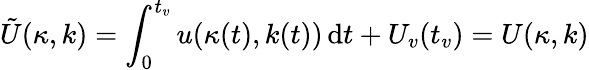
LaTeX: \tilde{U}(\kappa,k)=\int_{0}^{t_{v}}u(\kappa(t),k(t))\, \mathrm{d}t+U_{v}(t_{v})=U(\kappa,k)